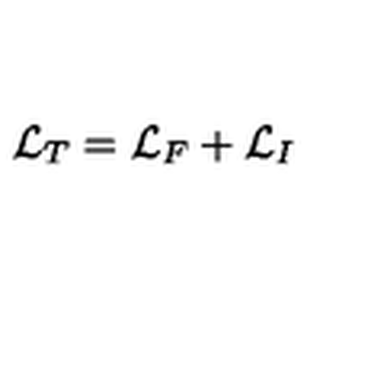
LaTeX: { \cal L } _ { T } = { \cal L } _ { F } + { \cal L } _ { I }